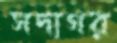
সদাগর